Annual administration report of the Civil Veterinary Department of India - 1898-1899
Year: 1898
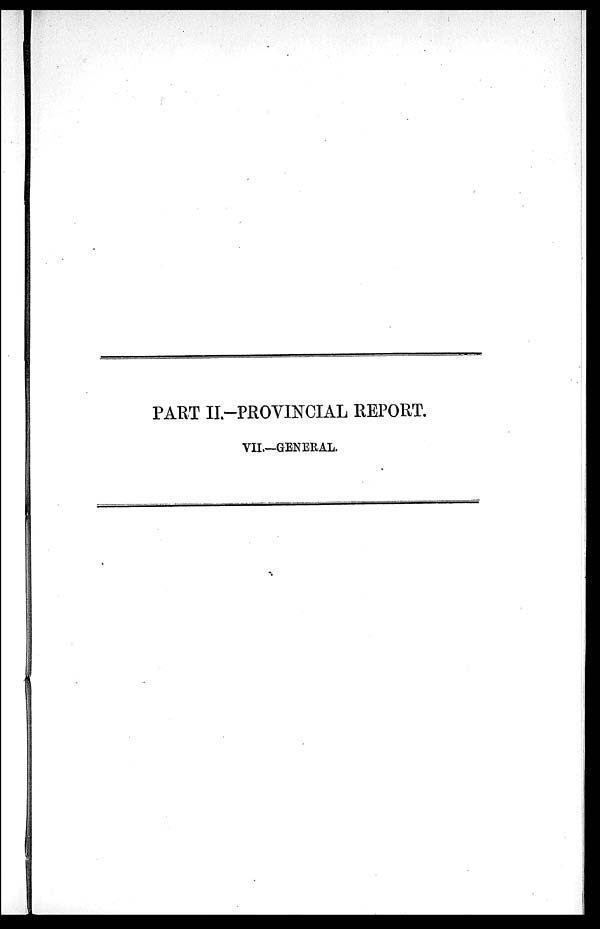
PART II.-PROVINCIAL REPORT.
VII.—GENERAL.